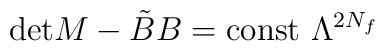
\mbox{det} M - \tilde B B = \mbox{const}\ \Lambda^{2 N_f}